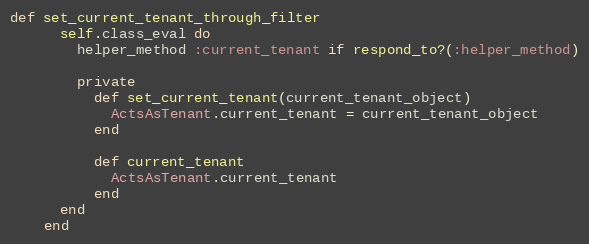
Language: Ruby
def set_current_tenant_through_filter
      self.class_eval do
        helper_method :current_tenant if respond_to?(:helper_method)

        private
          def set_current_tenant(current_tenant_object)
            ActsAsTenant.current_tenant = current_tenant_object
          end

          def current_tenant
            ActsAsTenant.current_tenant
          end
      end
    end